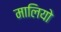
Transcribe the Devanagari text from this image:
मालियो